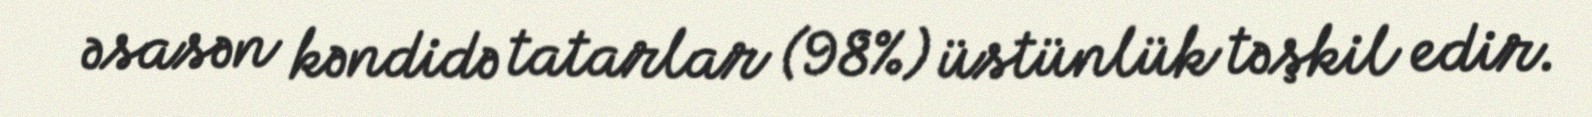
əsasən kəndidə tatarlar (98%) üstünlük təşkil edir.